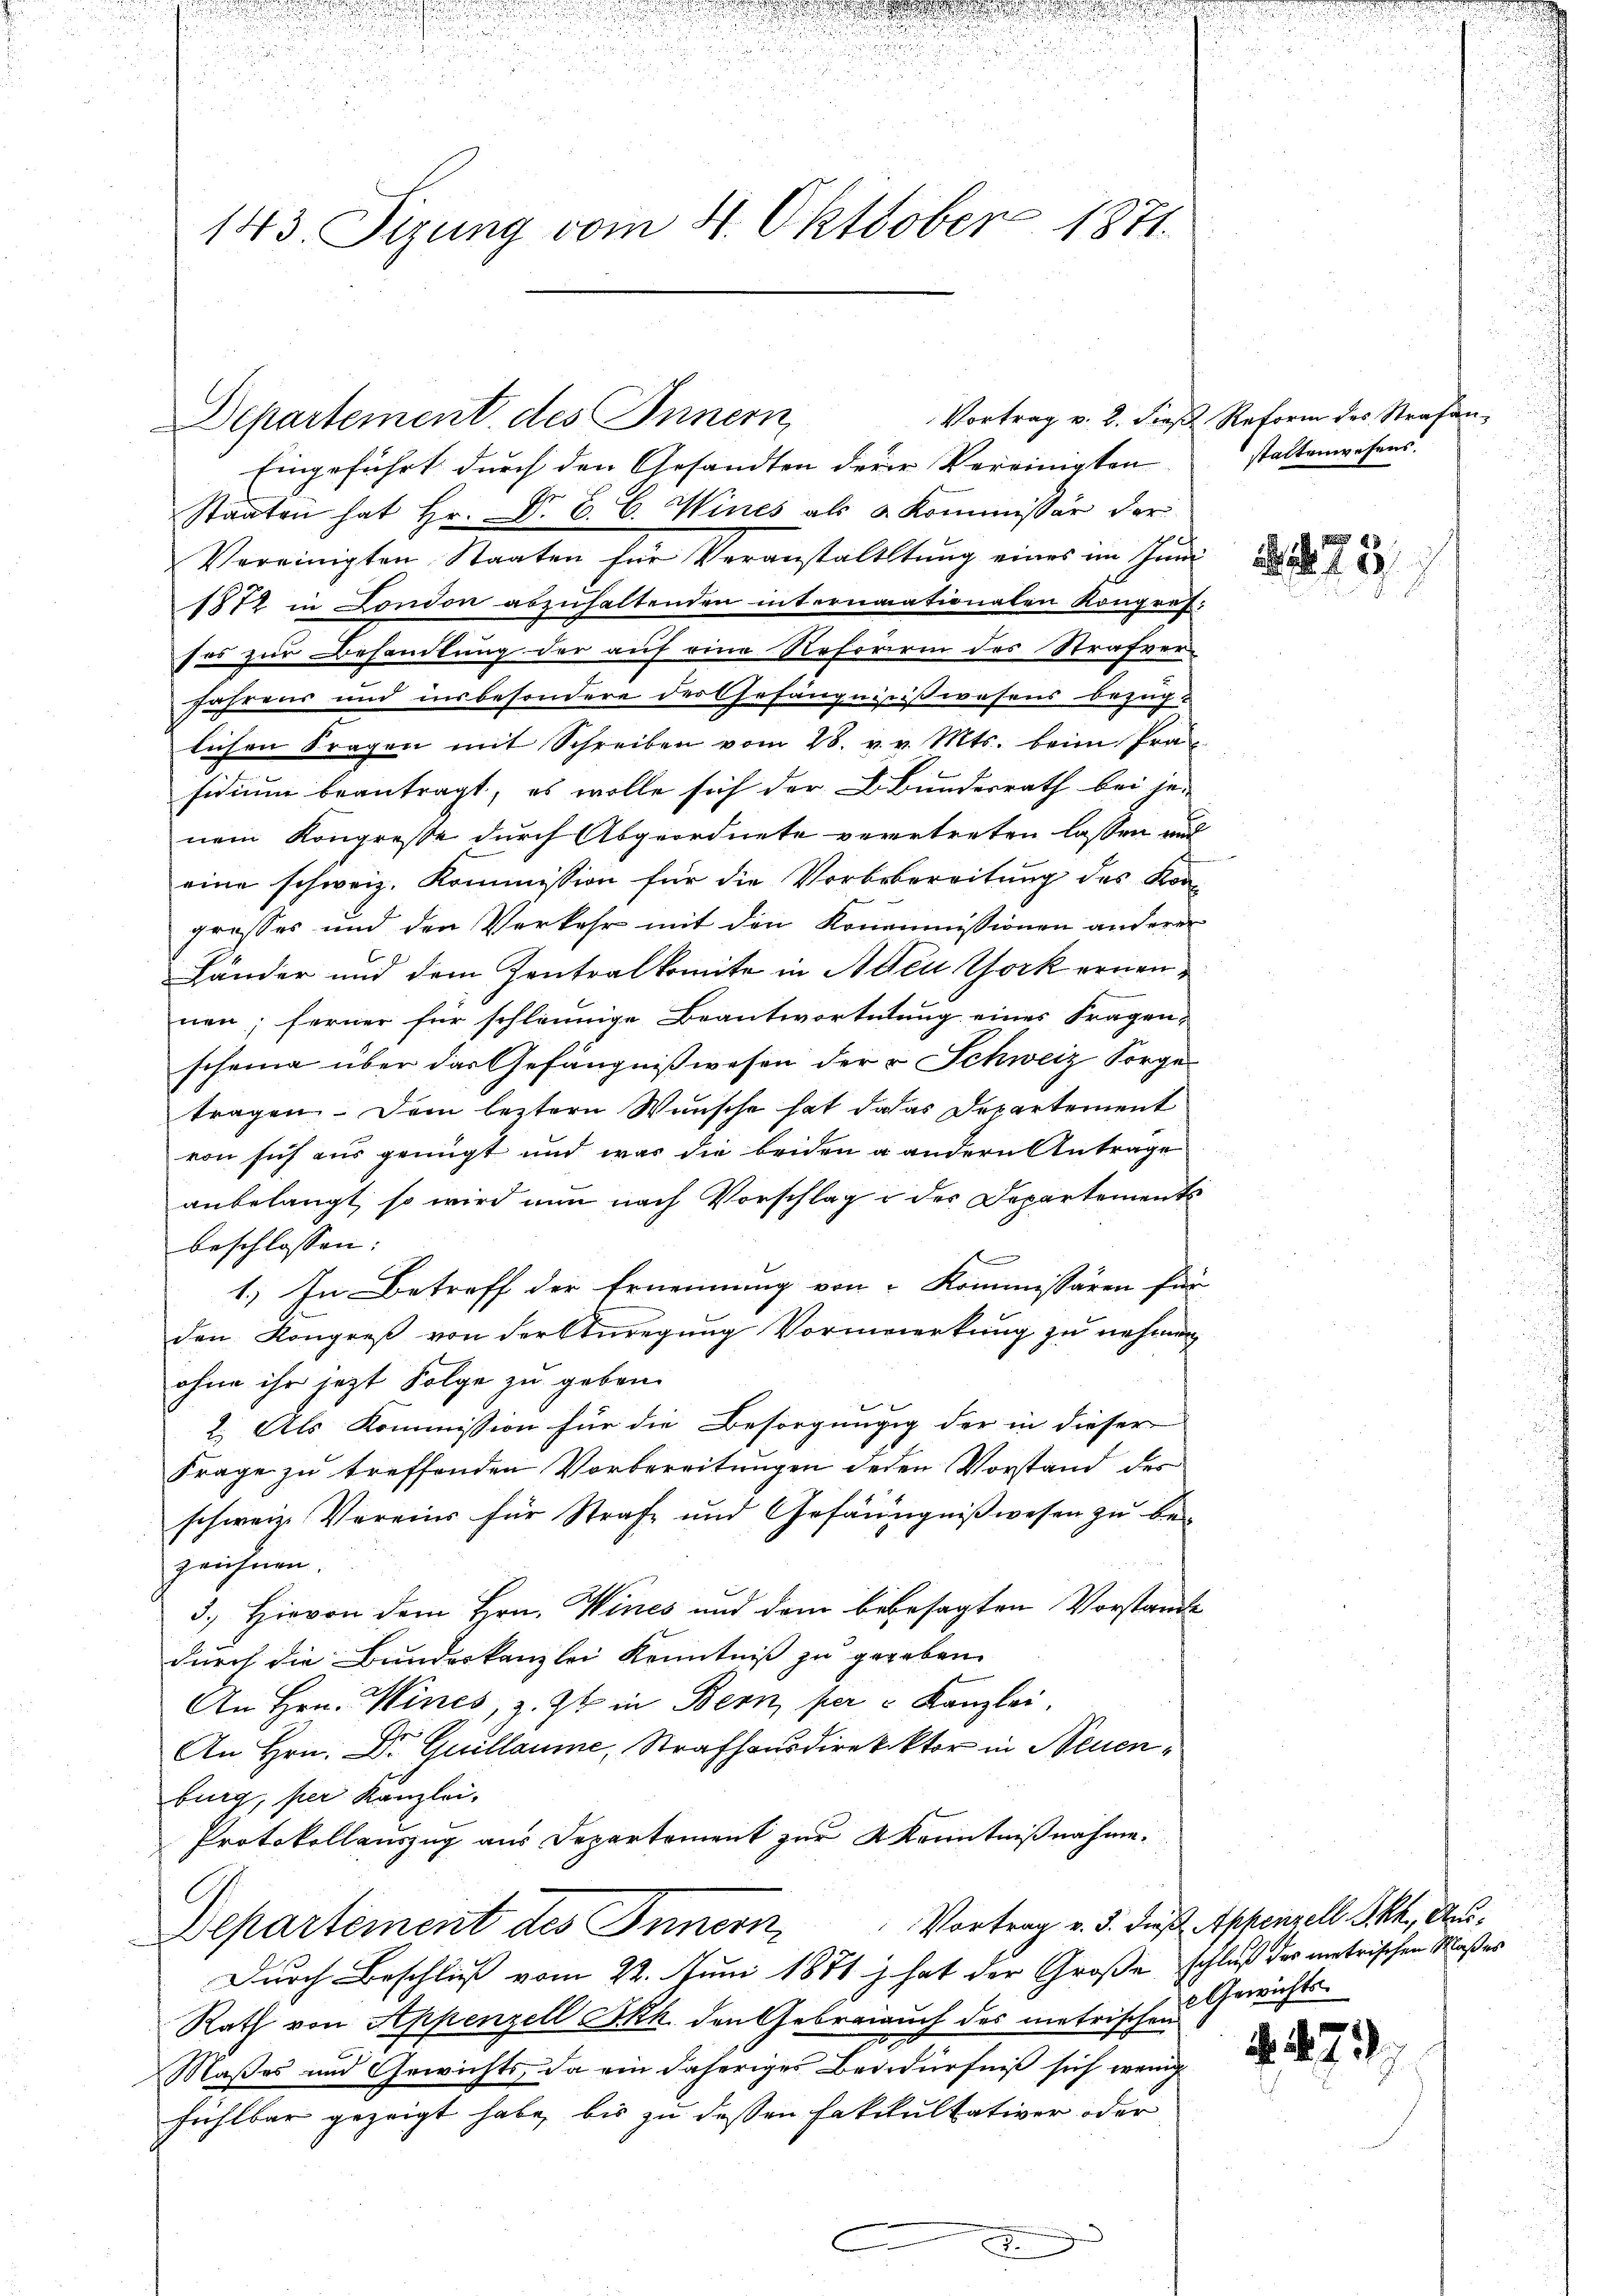
143. Sizung vom 4. Oktober 1871.

Departement des Innern,

.

Eingeführt durch den Gesandten derer Vereinigten
Staaten hat Hr. Dr. C. C. Wines als Kommissär der
Vereinigten Staaten für Veranstaltung eines im Juni
1872 in London abzuhaltenden internationalen Kongres
sos zur Behandlung der auf eine Reforiren des Strafver-
fahrens und insbesondere der Gefängnißwesens bezüg-
lichen Fragen mit Schreiben vom 28. v. v. Mts. beim Prä-
sidium beantragt, es wolle sich der B. Bunderrath bei jenem Kongresse durch Abgeordnete vertreten lassen und
eine schweiz. Kommission für die Vorbebereitung des Kon-
grosses und den Verkehr mit den Konomissionen anderer
Länder und dem Zentralkomite in Adeu York ernennen; ferner für schleunige Beantwortetung eines Fragen-
scheine über das Gefängnißwesen der v. Schweiz Sorge
tragen. Dem leztern Wunsche hat da das Departement
von sich aus genügt und war die beiden u andern Anträge
anbelangt, so wird nun nach Vorschlag in des Departements
beschlossen:
f
1.) In Betreff der Ernennung von Kommissären für
den Kongreß von Ferturegung Vormerkung zu nehmen
ohne ihr jetzt Folge zu geben.
2. Als Kommission für die Besorgungig der in dieser
Frage zu treffenden Vorbereitungen jeden Vorstand der
schweiz. Vereins für Strafe und Gefängnißwesen zu bezeichnen.
3.) Hievon dem Hrn. Wines und dem bebesagten Vorstande
durch die Bundeskanzlei Kenntniß zu gegeben
An Hrn. Wines, z. Zt. in Bern, per u Kanzlei.
hr .
An Hrn. Dr. Guillaume, Strafhausdirektor in Neuenburg, per Kanzlei-
Protokollauszug aus Departement zur Kenntnißnahme.
Departement des Innern,
Durch Beschluß vom 22. Juni 1881 z hat der Große schluß der metrischen Maßes
Rath von Appenzell Frk. den Gebraiauch des metrischen
Maßes und Gewichts, da ein daheriges Bededürfniß sich wenig
fühlbar gezeigt habe, bis zu dessen Fakultativer oder

Vortrag v. 2. dieß Reform des Strafanstaltenwesens.

u
.

73

Vortrag v. 3. dieß. Appenzell I.Rh., Aus¬
Gewichts-

73